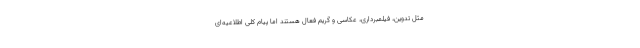
مثل تدوین، فیلمبرداری، عکاسی و گریم فعال هستند اما پیام کلی اطلاعیه‌ای